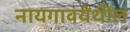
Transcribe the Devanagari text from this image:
नायगावयेथील